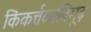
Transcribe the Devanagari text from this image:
किंकर्त्तव्यविमूढ़